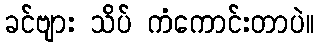
ခင်ဗျား သိပ် ကံကောင်းတာပဲ။